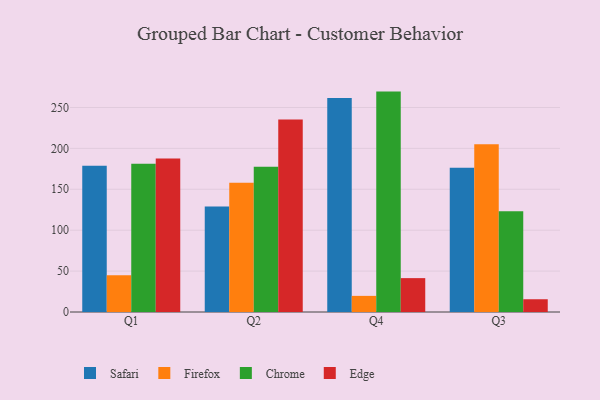
{"axis": {"x": "Quarter", "y": "Headcount"}, "legend": ["Chrome", "Edge", "Firefox", "Safari"], "data": [{"x": "Q1", "y": 178.9, "type": "Safari"}, {"x": "Q1", "y": 44.8, "type": "Firefox"}, {"x": "Q1", "y": 181.3, "type": "Chrome"}, {"x": "Q1", "y": 187.7, "type": "Edge"}, {"x": "Q2", "y": 129.0, "type": "Safari"}, {"x": "Q2", "y": 158.1, "type": "Firefox"}, {"x": "Q2", "y": 177.5, "type": "Chrome"}, {"x": "Q2", "y": 235.4, "type": "Edge"}, {"x": "Q4", "y": 261.5, "type": "Safari"}, {"x": "Q4", "y": 19.7, "type": "Firefox"}, {"x": "Q4", "y": 269.4, "type": "Chrome"}, {"x": "Q4", "y": 41.4, "type": "Edge"}, {"x": "Q3", "y": 176.2, "type": "Safari"}, {"x": "Q3", "y": 205.1, "type": "Firefox"}, {"x": "Q3", "y": 123.3, "type": "Chrome"}, {"x": "Q3", "y": 15.6, "type": "Edge"}]}